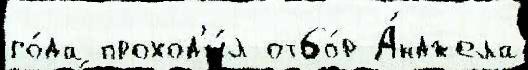
го́да проход'и́л отбо́р А́нджела